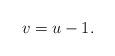
LaTeX: \begin{align*}v = u-1.\end{align*}